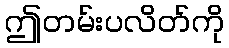
ဤတမ်းပလိတ်ကို